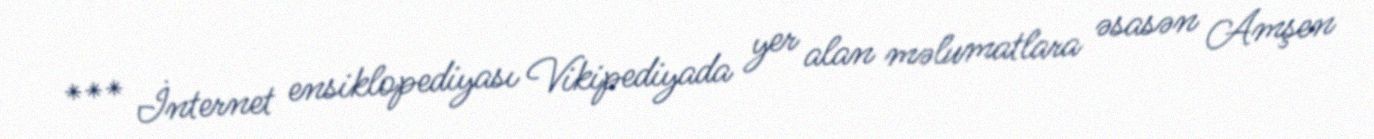
*** İnternet ensiklopediyası Vikipediyada yer alan məlumatlara əsasən Amşen